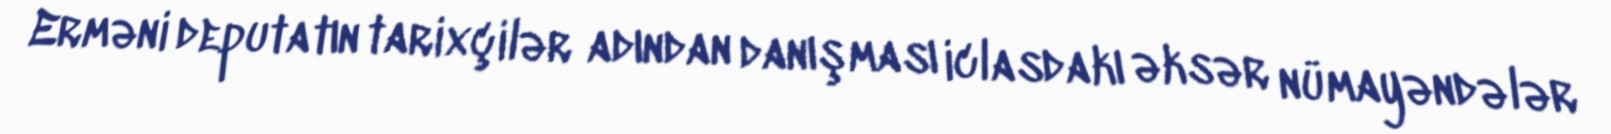
Erməni deputatın tarixçilər adından danışması iclasdakı əksər nümayəndələr